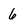
Character: 6